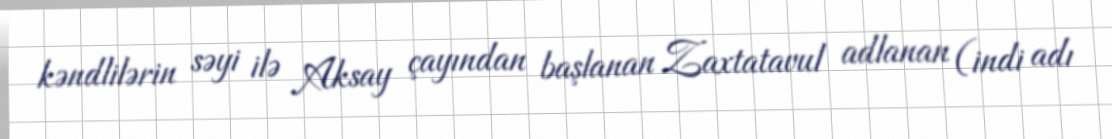
kəndlilərin səyi ilə Aksay çayından başlanan Zaxtatavul adlanan (indi adı